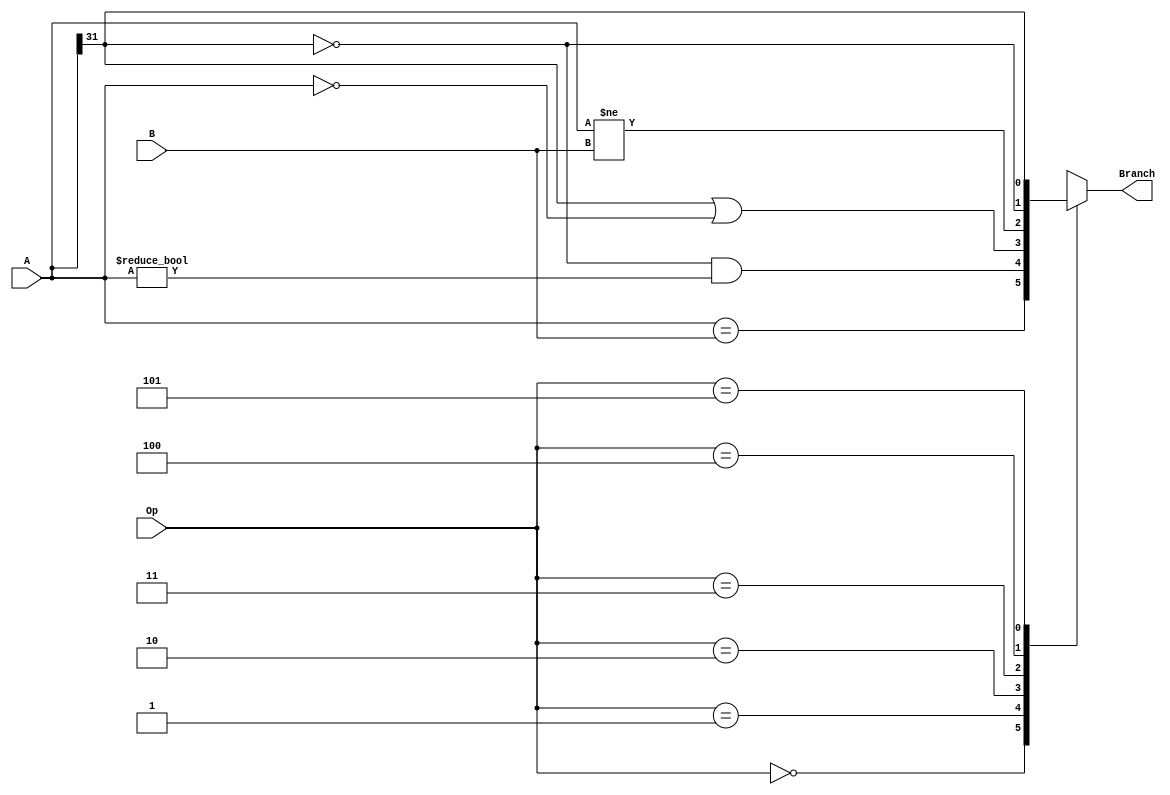
`timescale 1ns / 1ps
//////////////////////////////////////////////////////////////////////////////////
// Company: 
// Engineer: 
// 
// Design Name: 
// Module Name:    cmp 
// Project Name: 
// Target Devices: 
// Tool versions: 
// Description: 
//
// Dependencies: 
//
// Revision: 
// Revision 0.01 - File Created
// Additional Comments: 
//
//////////////////////////////////////////////////////////////////////////////////
module cmp(
    input [31:0] A,
    input [31:0] B,
    input [2:0] Op,
    output reg Branch
    );
	 
	 always @(*) begin
		case(Op) 
			3'b000 : Branch = (A == B);             		//beq
			3'b001 : Branch = (A[31] != 1) & (A != 0);  	//bgtz
			3'b010 : Branch = (A[31] == 1) | (A == 0);  	//blez
			3'b011 : Branch = (A != B);         			//bne
			3'b100 : Branch = (A[31] != 1);         		//bgez
			3'b101 : Branch = (A[31] == 1);         		//bltz
			default: Branch = 1'bx; 
		endcase
	 end
	 
endmodule